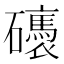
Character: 䃵